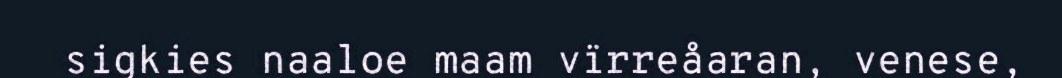
sigkies naaloe maam vïrreåaran, venese,